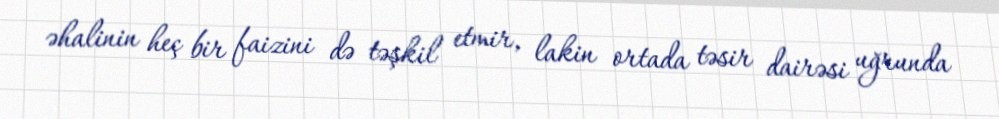
əhalinin heç bir faizini də təşkil etmir, lakin ortada təsir dairəsi uğrunda